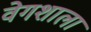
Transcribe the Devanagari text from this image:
वेगशाला